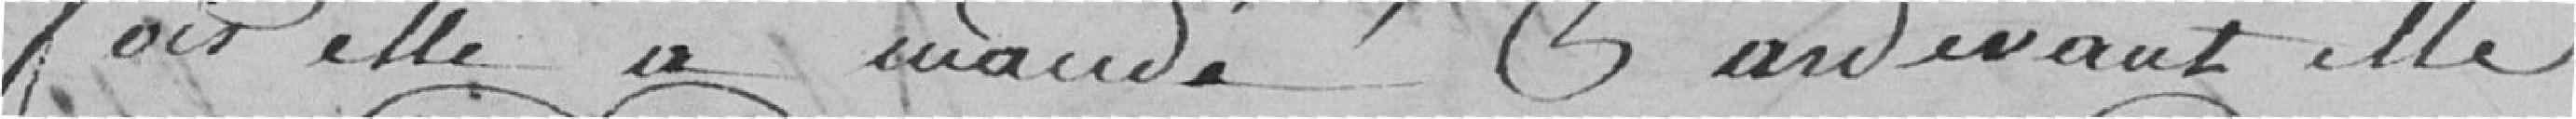
fois elle a mandé pardevant elle